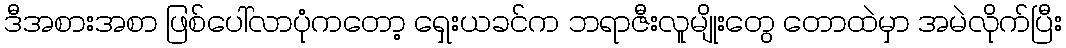
ဒီအစားအစာ ဖြစ်ပေါ်လာပုံကတော့ ရှေးယခင်က ဘရာဇီးလူမျိုးတွေ တောထဲမှာ အမဲလိုက်ပြီး